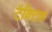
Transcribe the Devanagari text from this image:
टैक्टिक